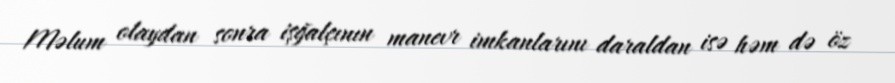
Məlum olaydan sonra işğalçının manevr imkanlarını daraldan isə həm də öz